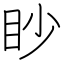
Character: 眇